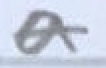
Text: a
Cross-out: double-line
Writing tool: pencil